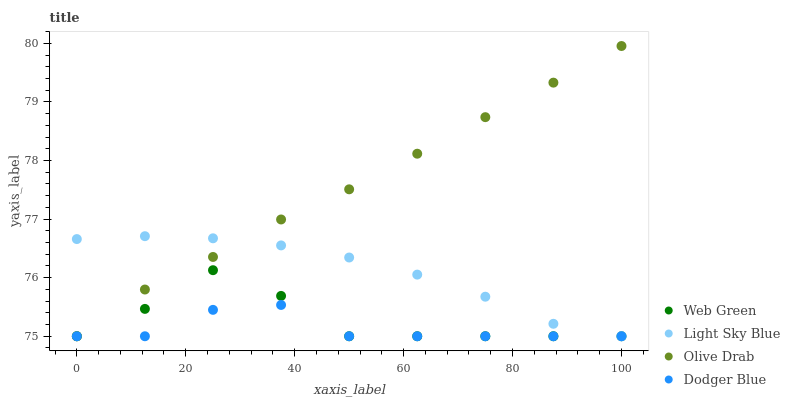
| xaxis_label | Web Green | Light Sky Blue | Olive Drab | Dodger Blue |
 | --- | --- | --- | --- | --- |
 | 0 | 75 | 76.7 | 75 | 75 |
 | 12.5 | 75.5 | 76.7 | 75.8 | 75 |
 | 25 | 76.1 | 76.7 | 76.4 | 75.5 |
 | 37.5 | 75.7 | 76.6 | 77 | 75.5 |
 | 50 | 75 | 76.3 | 77.5 | 75 |
 | 62.5 | 75 | 76.1 | 78.1 | 75 |
 | 75 | 75 | 75.7 | 78.7 | 75 |
 | 87.5 | 75 | 75.2 | 79.3 | 75 |
 | 100 | 75 | 75 | 80 | 75 |